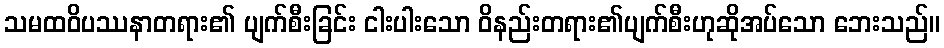
သမထဝိပဿနာတရား၏ ပျက်စီးခြင်း ငါးပါးသော ဝိနည်းတရား၏ပျက်စီးဟုဆိုအပ်သော ဘေးသည်။